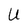
Character: U